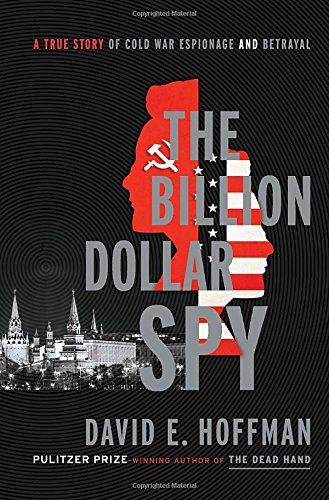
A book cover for The Billion Dollar Spy: A True Story of Cold War Espionage and Betrayal; David E. Hoffman; Biographies & Memoirs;